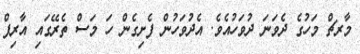
މާރޗް މަހުގެ ދެވަނަ ދުވަހުއެވެ. އެދުވަހުން ފެށިގެން ހަ މަސް ތެރޭގައި އާރިފް